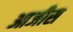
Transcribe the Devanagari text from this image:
आजीस